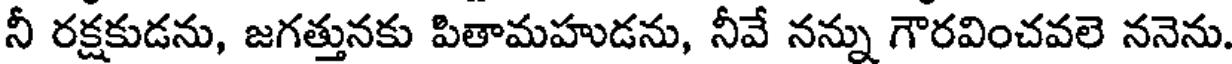
నీ రక్షకుడను, జగత్తునకు పితామహుడను, నీవే నన్ను గౌరవించవలె ననెను